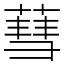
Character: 蔧